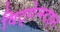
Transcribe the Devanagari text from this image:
विट्गेन्स्टइन